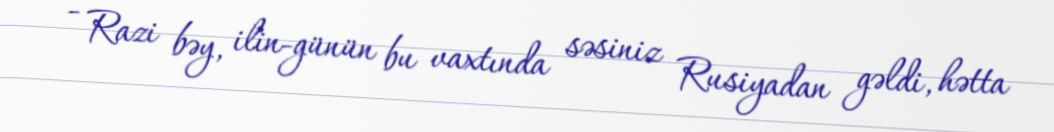
- Razi bəy, ilin-günün bu vaxtında səsiniz Rusiyadan gəldi, hətta